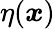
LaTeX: \eta(\boldsymbol{x})